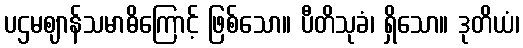
ပဌမဈာန်သမာဓိကြောင့် ဖြစ်သော။ ပီတိသုခံ၊ ရှိသော။ ဒုတိယံ၊